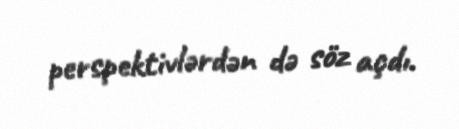
perspektivlərdən də söz açdı.